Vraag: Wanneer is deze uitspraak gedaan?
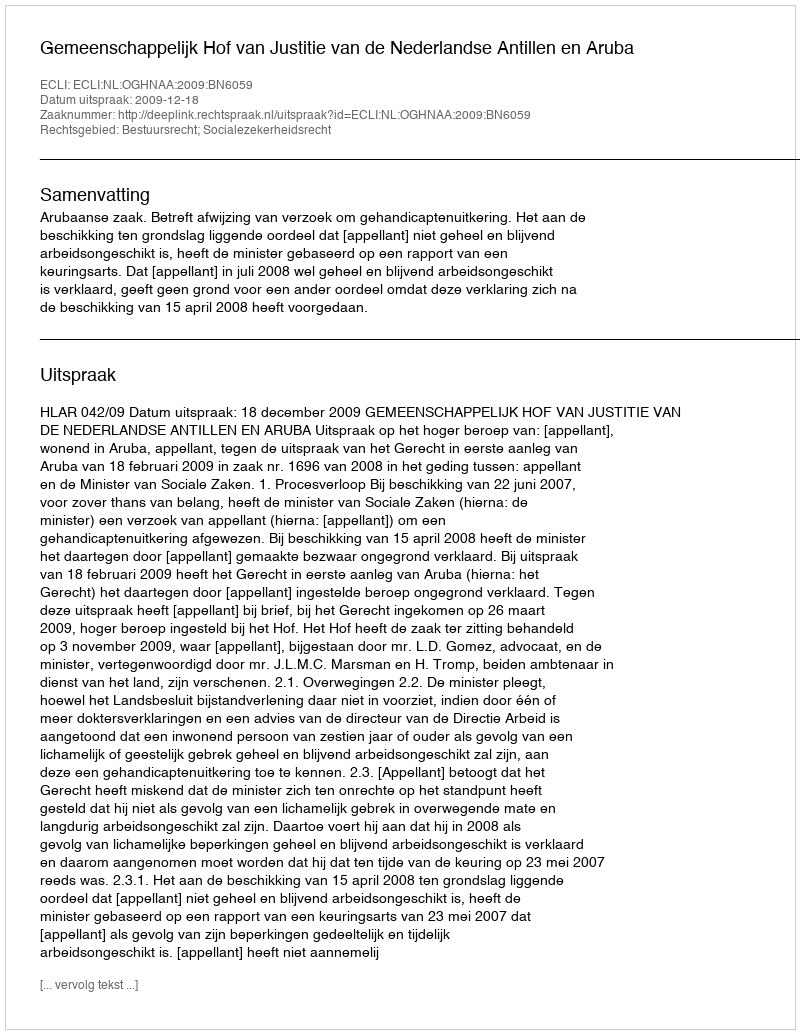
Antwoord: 2009-12-18